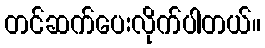
တင်ဆက်ပေးလိုက်ပါတယ်။